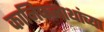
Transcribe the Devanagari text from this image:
कानिफनाथांच्या